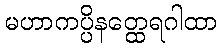
မဟာကပ္ပိနတ္ထေရဂါထာ